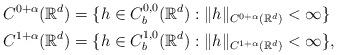
LaTeX: \begin{align*}&C^{0+ \alpha} (\mathbb R^d)= \{ h \in C_b^{0,0}(\mathbb R^d) : \|h\|_{C^{0+\alpha}(\mathbb R^d)} <\infty \}\\&C^{1+\alpha}(\mathbb R^d) =\{ h \in C_b^{1,0}(\mathbb R^d) : \|h\|_{C^{1+\alpha}(\mathbb R^d)} <\infty \},\end{align*}